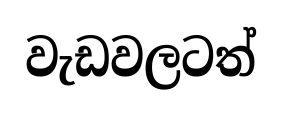
වැඩවලටත්